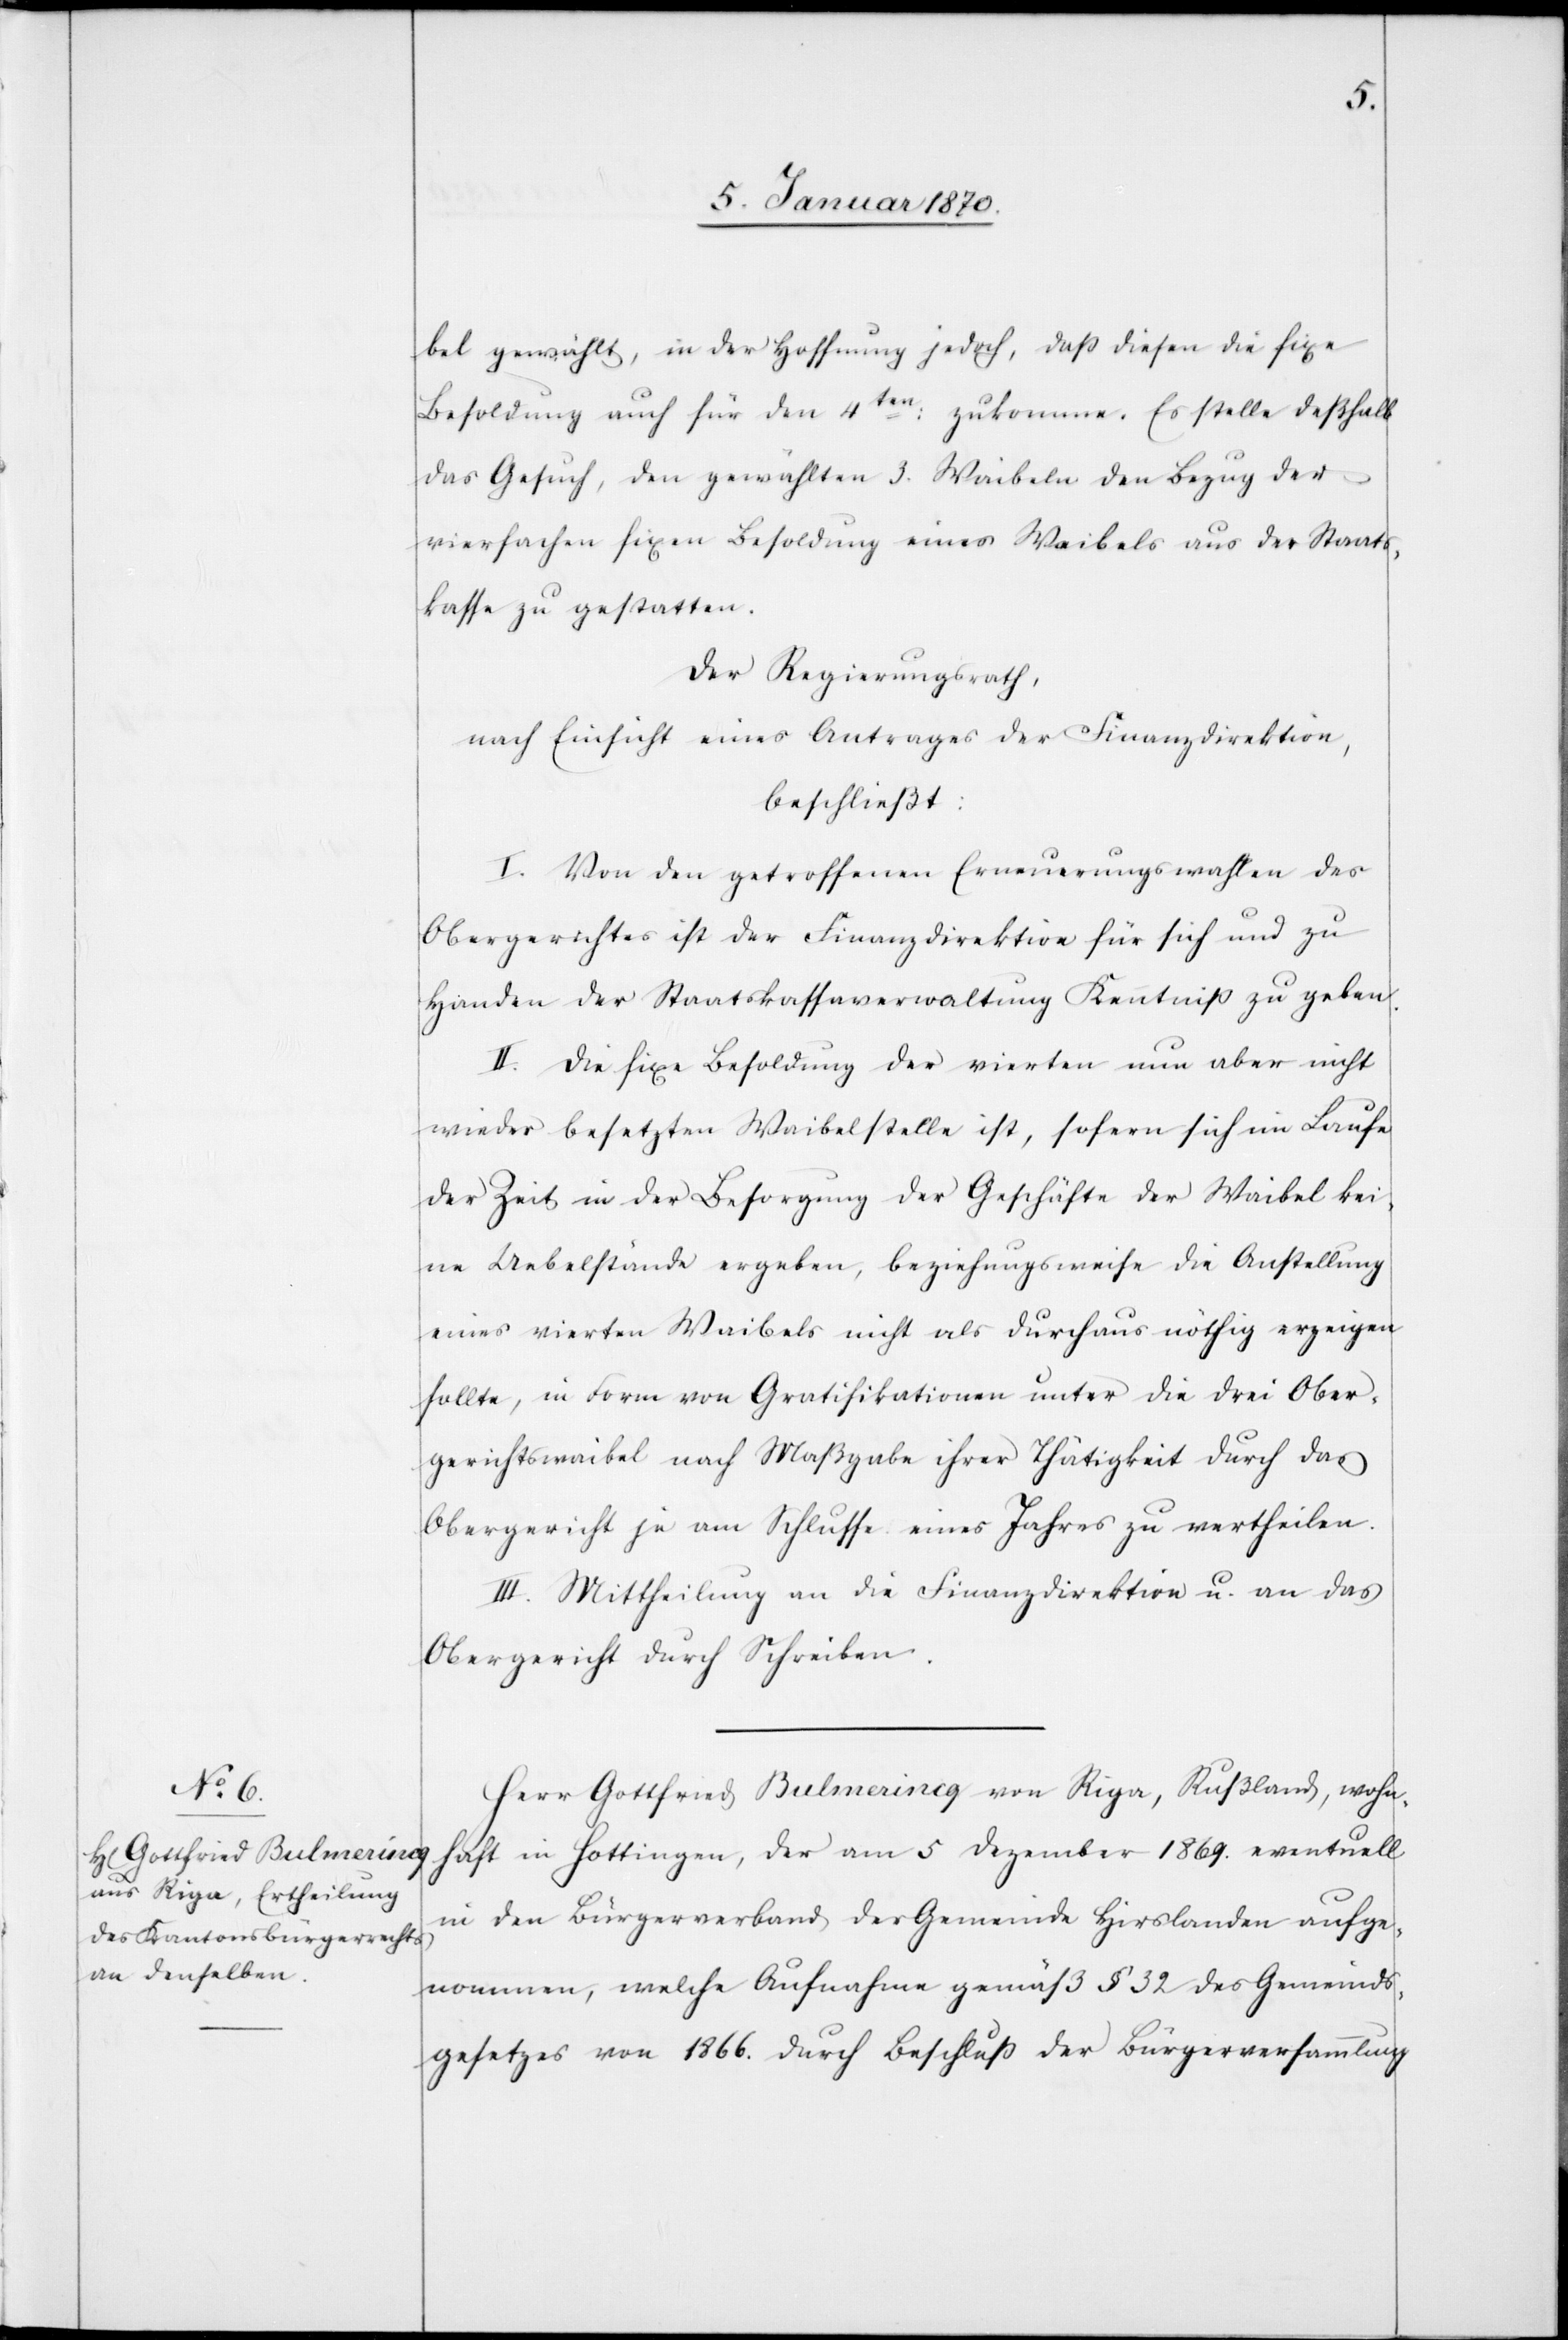
bel gewählt, in der Hoffnung jedoch, daß diesen die fixe
Besoldung auch für den 4ten: zukomme. Es stelle deßhalb
das Gesuch, den gewählten 3. Weibeln den Bezug der
vierfachen fixen Besoldung eines Weibels aus der Staats¬
kasse zu gestatten.
Der Regierungsrath,
nach Einsicht eines Antrages der Finanzdirektion,
beschließt:
I. Von den getroffenen Erneuerungswahlen des
Obergerichtes ist der Finanzdirektion für sich und zu
Handen der Staatskassaverwaltung Kentniß [sic!] zu geben.
II. Die fixe Besoldung der vierten nun aber nicht
wieder besetzten Waibelstelle ist, sofern sich im Laufe
der Zeit in der Besorgung der Geschäfte der Waibel kei¬
ne Uebelstände ergeben, beziehungsweise die Anstellung
eines vierten Weibels nicht als durchaus nöthig erzeigen
sollte, in Form von Gratifikationen unter die drei Ober¬
gerichtswaibel nach Maßgabe ihrer Thätigkeit durch das
Obergericht je am Schlusse eines Jahres zu vertheilen.
III. Mittheilung an die Finanzdirektion u. an das
Obergericht durch Schreiben.
Herr Gottfried Bulmerincq von Riga, Rußland, wohn¬
haft in Hottingen, der am 5 Dezember 1869. eventuell
in den Bürgerverband der Gemeinde Hirslanden aufge¬
nommen, welche Aufnahme gemäß § 32 des Gemeinds¬
gesetzes von 1866. durch Beschluß der Bürgerversammlung